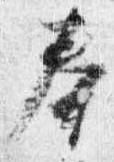
奉